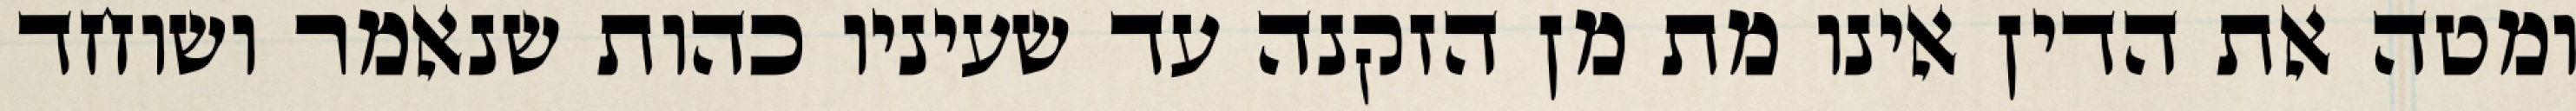
ומטה את הדין אינו מת מן הזקנה עד שעיניו כהות שנאמר ושוחד